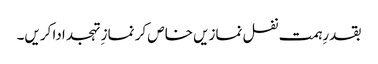
بقدرِہمت نفل نمازیں خاص کر نماز ِتہجد ادا کریں۔